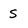
Character: S